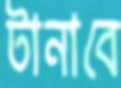
টানাবে